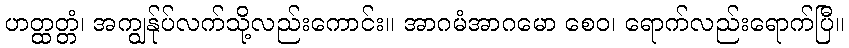
ဟတ္ထတ္တံ၊ အကျွန်ုပ်လက်သို့လည်းကောင်း။ အာဂမံအာဂမော စေဝ၊ ရောက်လည်းရောက်ပြီ။